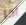
اذا